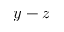
y - z